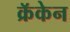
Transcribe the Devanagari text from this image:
क्रॅकेन